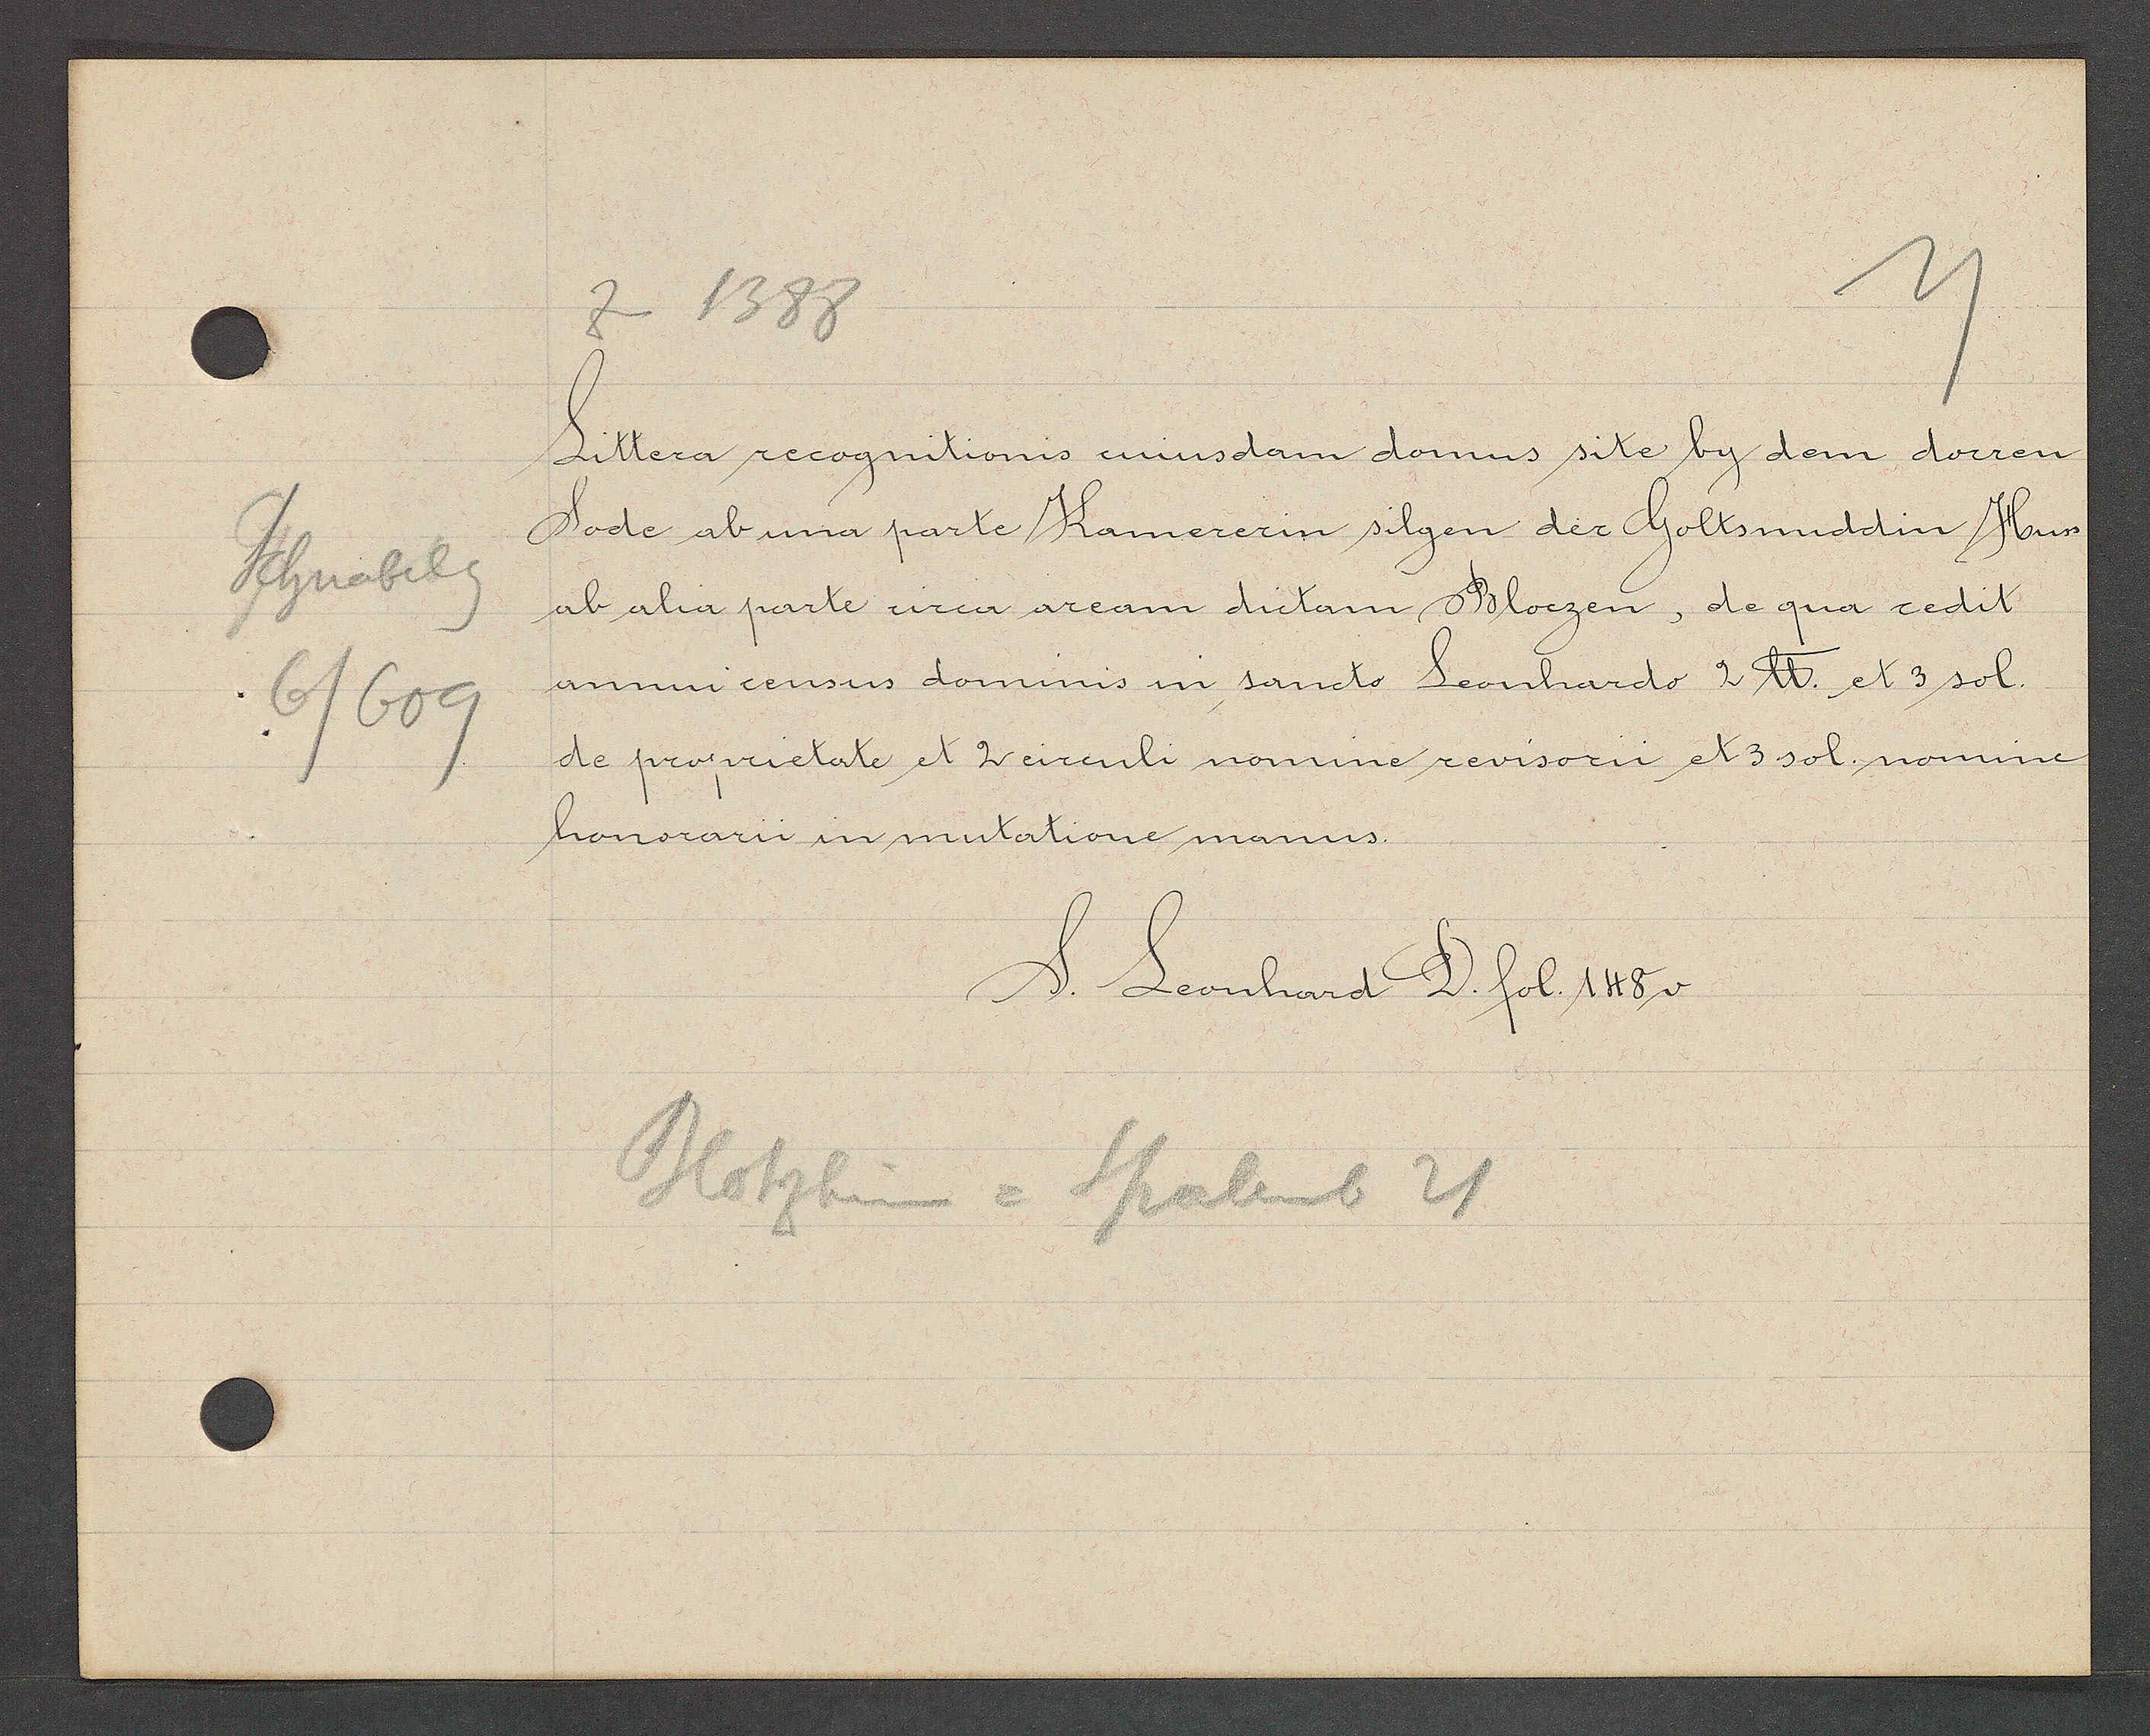
Transcript:
Schnabelg
6/609

In 1388

Littera recognitionis eiusdam domus site by dem dorrem
Sode ab una parte Kamererin silgen der Goltsmiddin Huss
ab alia parte circa aream dietam Bloczen, de qua cedit
annui census dominis in sancto Leonhardo 2 ℔. et 3 sol.
de proprietate et 2 circuli nomine revisorii et 3 sol. nomine
honorarii in mutatione manus.

Blotzheim = Spalenb 21

S. Leonhard D. fol. 148v.